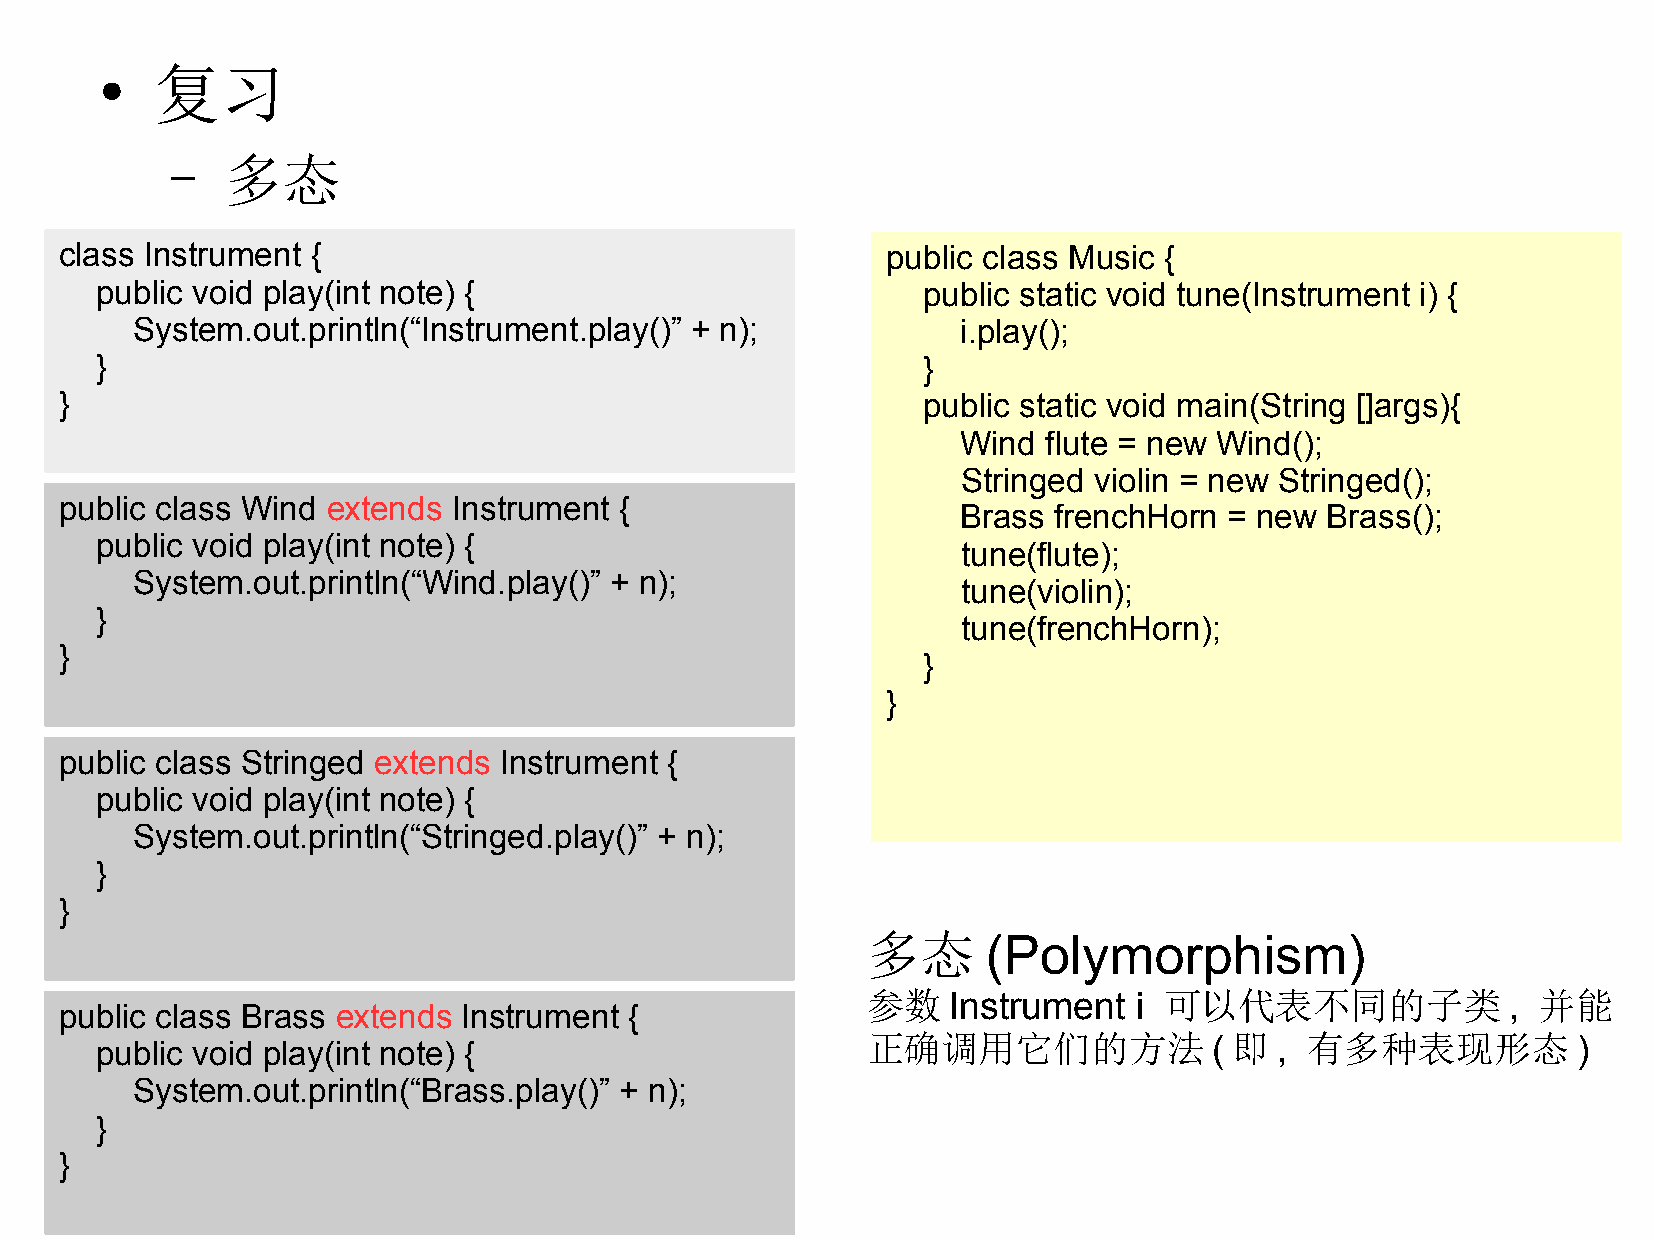
复习
 ●
 –   多态
 class Instrument {                                     public class Music {
 public void play(int note) {                           public static void tune(Instrument i) {
 System.out.println(“Instrument.play()” + n);           i.play();
 }                                                      }
 }                                                        public static void main(String []args){
 Wind flute = new Wind();
 Stringed violin = new Stringed();
 public class Wind extends Instrument {
 Brass frenchHorn = new  Brass();
 public void play(int note) {
 tune(flute);
 System.out.println(“Wind.play()” + n);
 tune(violin);
 }
 tune(frenchHorn);
 }
 }
 }
 public class Stringed extends Instrument {
 public void play(int note) {
 System.out.println(“Stringed.play()” + n);
 }
 }
 多态      (Polymorphism)
 参数    Instrument  i 可以代表不同的子类              , 并能
 public class Brass extends Instrument {
 正确调用它们的方法              ( 即  , 有多种表现形态          )
 public void play(int note) {
 System.out.println(“Brass.play()” + n);
 }
 }